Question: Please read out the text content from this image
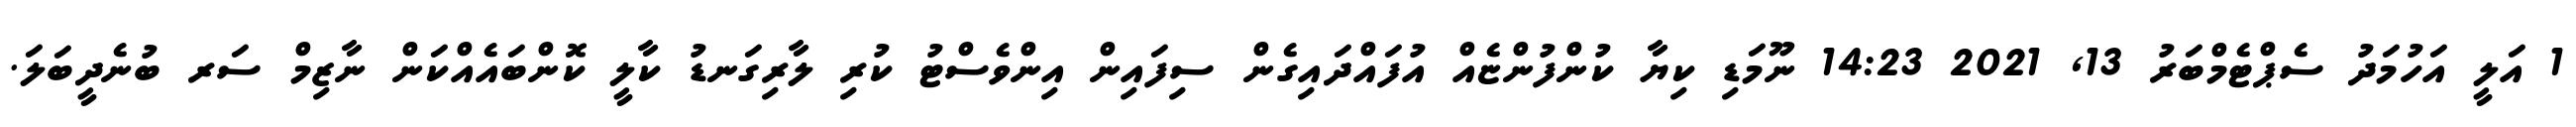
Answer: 1 އަލީ އަހުމަދު ސެޕްޓެމްބަރު 13, 2021 14:23 ނޫމަޑި ކިޔާ ކުންފުންޏެއް އުފައްދައިގެން ސިފައިން އިންވެސްޓު ކުރި ލާރިގަނޑު ކާލީ ކޮންބައެއްކަން ނާޒިމް ސަރ ބުނެދީބަލަ.